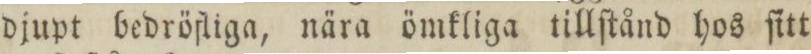
djupt bedröfliga, nära ömkliga tillſtånd hos ſitt